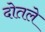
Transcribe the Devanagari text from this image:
दोतले